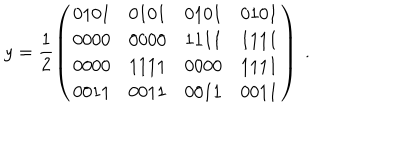
y = \frac { 1 } { 2 } \left( \begin{array} { c c c c } { { 0 1 0 1 } } & { { 0 1 0 1 } } & { { 0 1 0 1 } } & { { 0 1 0 1 } } \\ { { 0 0 0 0 } } & { { 0 0 0 0 } } & { { 1 1 1 1 } } & { { 1 1 1 1 } } \\ { { 0 0 0 0 } } & { { 1 1 1 1 } } & { { 0 0 0 0 } } & { { 1 1 1 1 } } \\ { { 0 0 1 1 } } & { { 0 0 1 1 } } & { { 0 0 1 1 } } & { { 0 0 1 1 } } \\ \end{array} \right) \ .